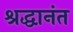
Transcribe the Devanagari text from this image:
श्रद्धानंत